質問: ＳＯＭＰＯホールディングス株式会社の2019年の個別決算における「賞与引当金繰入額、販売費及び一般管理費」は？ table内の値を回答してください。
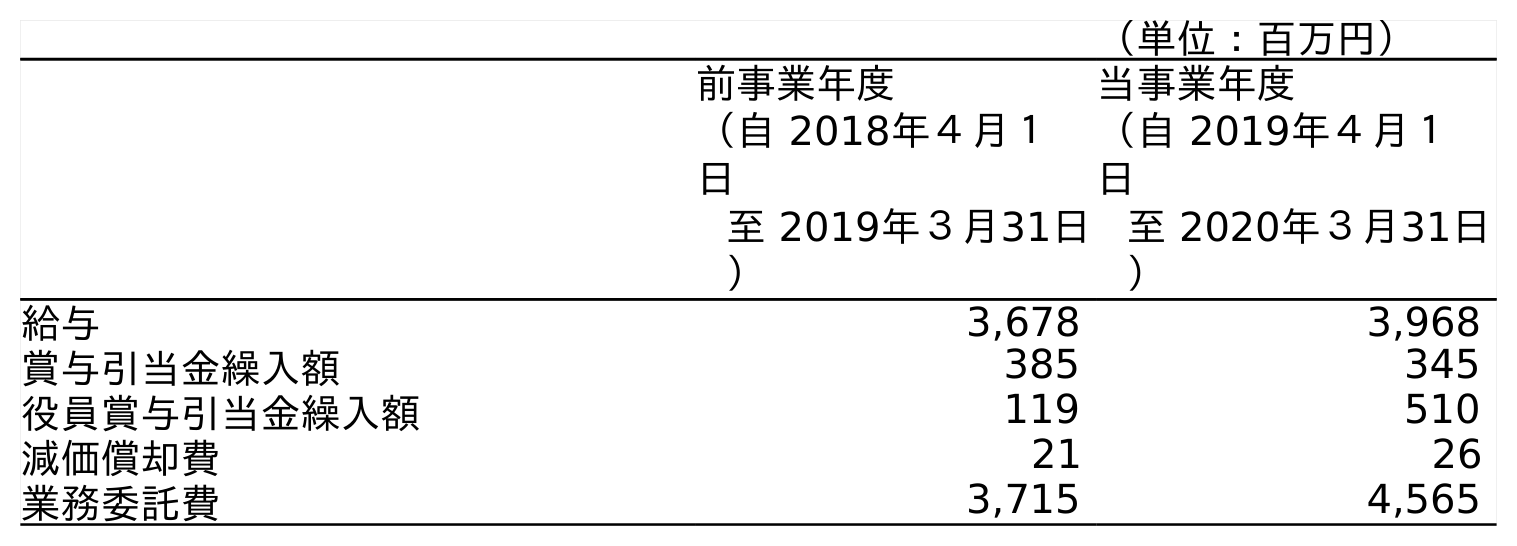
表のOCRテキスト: （単位：百万円） 前事業年度 （自 2018年４月１ 日 至 2019年３月31日 ） 当事業年度 （自 2019年４月１ 日 至 2020年３月31日 ） 給与 3,678 3,968 賞与引当金繰入額 385 345 役員賞与引当金繰入額 119 510 減価償却費 21 26 業務委託費 3,715 4,565
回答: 385